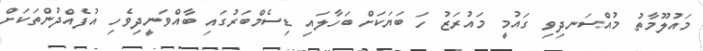
މައުލޫމާތު މުއްސަނދިވި ގައުމީ މައުރަޒު ހަ ބަޔަކަށް ބަހާލައި ޑިސެމްބަރުގައި ބާއްވަނީދިވެހި އުފެއްދުންތަކަށް